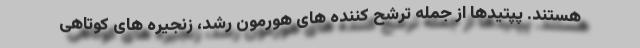
هستند. پپتیدها از جمله ترشح کننده های هورمون رشد، زنجیره های کوتاهی